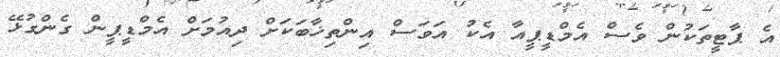
އެ ޕާޓީތަކުން ވެސް އެމްޑީޕީއާ އެކު އަވަސް އިންތިޚާބަކަށް ދިއުމަށް އެމްޑީޕީން ގެންގުޅޭ